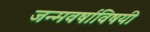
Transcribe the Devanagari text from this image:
जन्मवर्षाविषयी